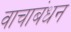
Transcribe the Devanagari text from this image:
वाचाबंधन